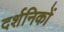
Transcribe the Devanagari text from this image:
दर्शनिकों